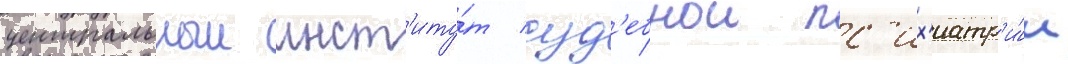
центральныи инст'иту́т суд'ебнои пс'их'иатр'и́и